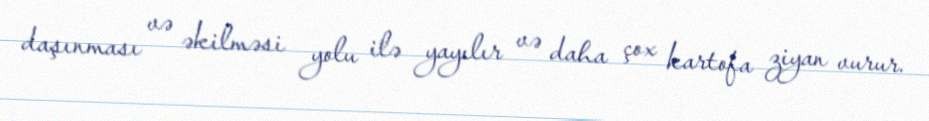
daşınması və əkilməsi yolu ilə yayılır və daha çox kartofa ziyan vurur.